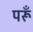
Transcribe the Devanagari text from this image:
परूँ